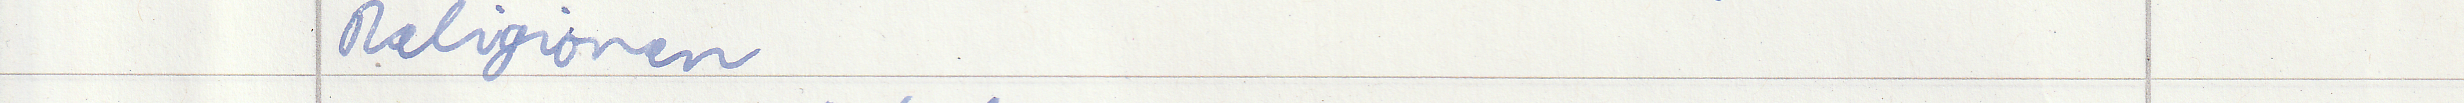
Religionen